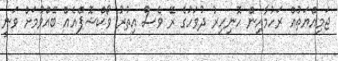
ޖަމިއްޔަތުއް ރަހުމާއިން ހޮނިހިރު ދުވަހުގެ ރޭ ވެސް އިތުރު ވޯކްޝޮޕްއެއް ބޭއްވުމަށް ވަނީ